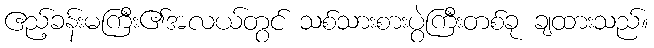
ဧည့်ခန်းမကြီး၏အလယ်တွင် သစ်သားစားပွဲကြီးတစ်ခု ချထားသည်။